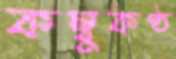
কম্বুকণ্ঠ